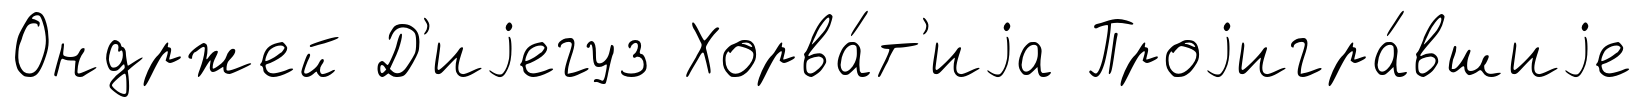
Ондржей Д'иjегуз Хорва́т'иjа Проjигра́вшиjе